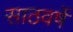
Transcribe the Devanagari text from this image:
साठवर्षे